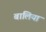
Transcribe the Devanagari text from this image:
बालिया